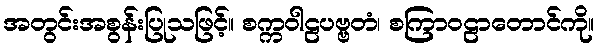
အတွင်းအစွန်းပြုသဖြင့်။ စက္ကဝါဠပဗ္ဗတံ၊ စကြာဝဠာတောင်ကို။